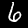
Label: 6